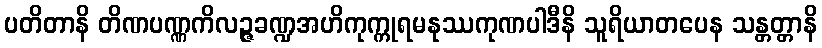
ပတိတာနိ တိဏပဏ္ဏကိလဉ္ဇခဏ္ဍအဟိကုက္ကုရမနုဿကုဏပါဒီနိ သူရိယာတပေန သန္တတ္တာနိ